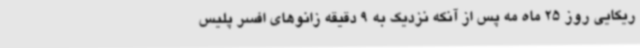
ریکایی روز 25 ماه مه پس از آنکه نزدیک به 9 دقیقه زانوهای افسر پلیس